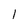
Character: 1